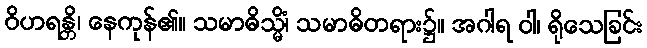
ဝိဟရန္တိ၊ နေကုန်၏။ သမာဓိသ္မိံ၊ သမာဓိတရား၌။ အဂါရ ဝါ၊ ရိုသေခြင်း